Indian journal of veterinary science and animal husbandry - Volume 10,
Year: 1940
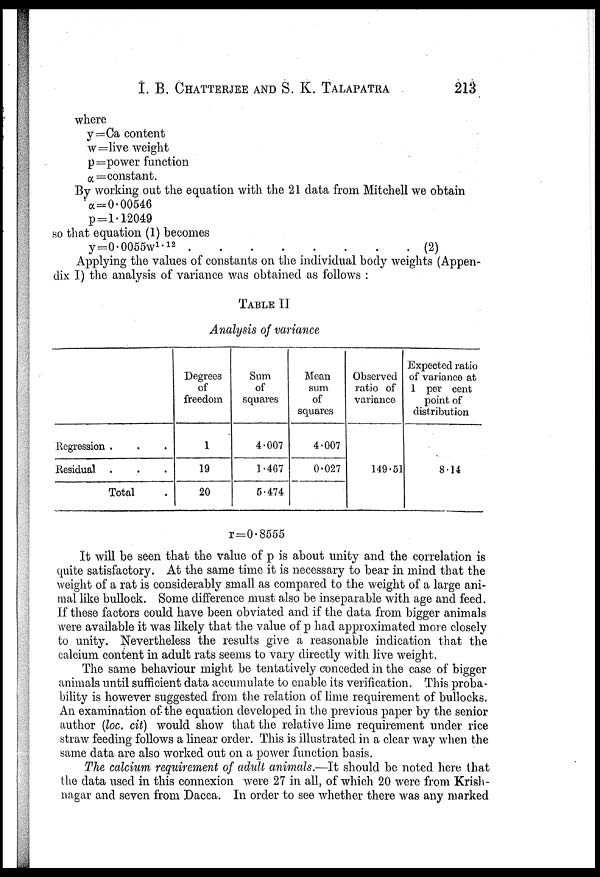
I. B. CHATTERJEE AND S. K. TALAPATRA 213
where
y=Ca content
w=live weight
p=power function
α= constant.
By working out the equation with the 21 data from Mitchell we obtain
α = 0.00546
p = 1.12049
so that equation (1) becomes
y=0.0055w 1.12
(2)
Applying the values of constants on the individual body weights (Appen
dix I) the analysis of variance was obtained as follows :
TABLE II
Analysis of variance
Regression . . .
Residual . . .
Total .
Degrees
of
freedom
1
19
20
Sum
of
squares
4.007
1.467
5.474
Mean
sum
of
squares
4.007
0.027
Observed
ratio of
variance
149.51
Expected ratio
of variance at
1 per cent
point of
distribution
8.14
r=0.8555
It will be seen that the value of p is about unity and the correlation is
quite satisfactory. At the same time it is necessary to bear in mind that the
weight of a rat is considerably small as compared to the weight of a large ani
mal like bullock. Some difference must also be inseparable with age and feed.
If these factors could have been obviated and if the data from bigger animals
were available it was likely that the value of p had approximated more closely
to unity. Nevertheless the results give a reasonable indication that the
calcium content in adult rats seems to vary directly with live weight.
The same behaviour might be tentatively conceded in the case of bigger
animals until sufficient data accumulate to enable its verification. This proba
bility is however suggested from the relation of lime requirement of bullocks.
An examination of the equation developed in the previous paper by the senior
author (loc. cit) would show that the relative lime requirement under rice
straw feeding follows a linear order. This is illustrated in a clear way when the
same data are also worked out on a power function basis.
The calcium requirement of adult animals.—It should be noted here that
the data used in this connexion were 27 in all, of which 20 were from Krish
nagar and seven from Dacca. In order to see whether there was any marked